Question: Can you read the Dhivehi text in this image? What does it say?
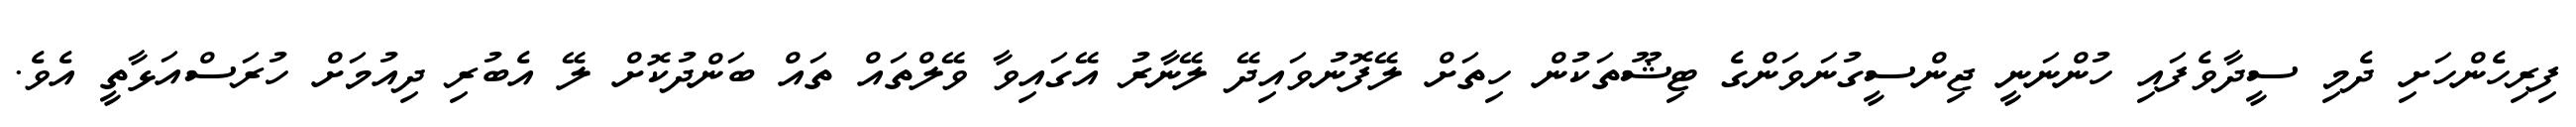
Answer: ފިރިހެންހަށި ދެމި ސީދާވެފައި ހުންނަނީ ޖިންސީގުނަވަންގެ ޓިޝޫތަކުން ހިތަށް ލޭފޮނުވައިދޭ ލޭނާރު އޭގައިވާ ވޭލްތައް ތައް ބަންދުކޮށް ލޭ އެބުރި ދިއުމަށް ހުރަސްއަޅާތީ އެވެ.